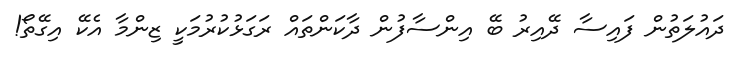
ދައުލަތުން ފައިސާ ދޭއިރު ބޭ އިންސާފުން ދާކަންތަައް ރަގަޅުކުރުމަކީ ޒިންމާ އެކޭ އިގޭތޯ!